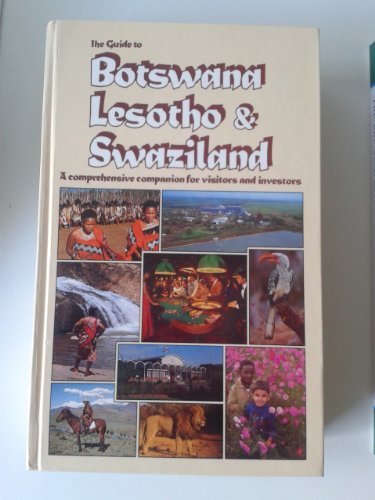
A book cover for The Guide to Botswana, Lesotho, and Swaziland: A comprehensive companion for visitors and investors; Alec C Campbell; Travel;